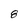
Character: 8